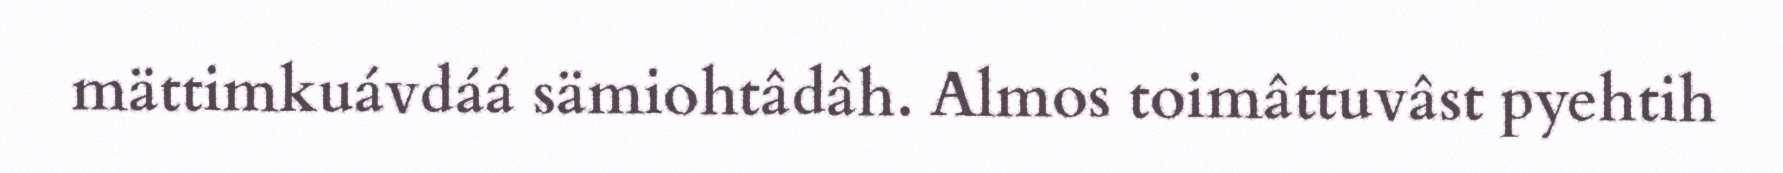
mättimkuávdáá sämiohtâdâh. Almos toimâttuvâst pyehtih